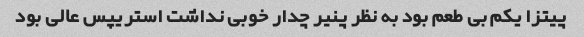
پیتزا یکم بی طعم بود به نظر پنیر چدار خوبی نداشت استریپس عالی بود